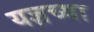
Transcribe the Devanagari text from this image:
यज्ञच्या